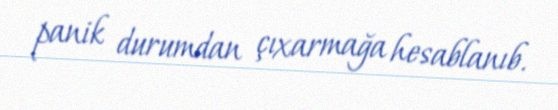
panik durumdan çıxarmağa hesablanıb.